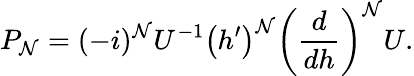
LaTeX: P_{\cal N}=(-i)^{\cal N}U^{-1}\left(h^{\prime}\right)^{\cal N}\left(\frac{d}{dh}\right)^{\cal N}U.